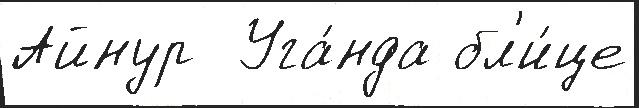
Айнур  Уга́нда бл'и́це